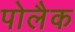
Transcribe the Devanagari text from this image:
पोलैक